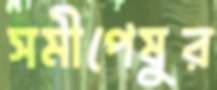
সমীপেষুর